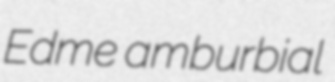
Edme amburbial